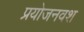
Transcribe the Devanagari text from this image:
प्रयोजनवश